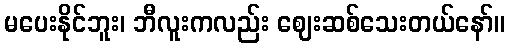
မပေးနိုင်ဘူး၊ ဘီလူးကလည်း ဈေးဆစ်သေးတယ်နော်။